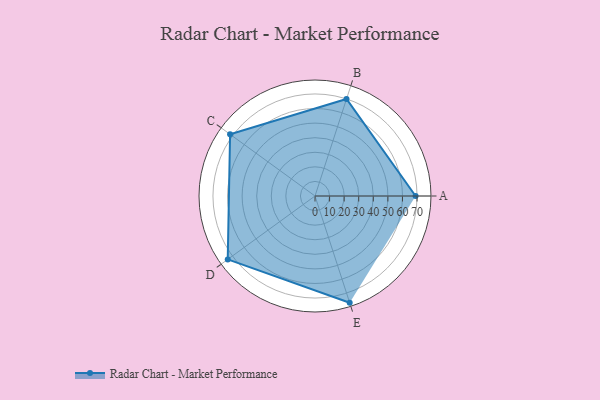
{"axis": {"x": "Skill", "y": "Score"}, "legend": ["Profile"], "data": [{"x": "A", "y": 69.0, "type": "Profile"}, {"x": "B", "y": 70.0, "type": "Profile"}, {"x": "C", "y": 72.0, "type": "Profile"}, {"x": "D", "y": 74.0, "type": "Profile"}, {"x": "E", "y": 77.0, "type": "Profile"}]}